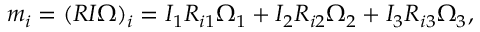
\begin{array} { r } { m _ { i } = ( R I \boldsymbol { \Omega } ) _ { i } = I _ { 1 } R _ { i 1 } \Omega _ { 1 } + I _ { 2 } R _ { i 2 } \Omega _ { 2 } + I _ { 3 } R _ { i 3 } \Omega _ { 3 } , } \end{array}